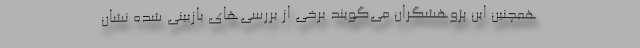
همچنین این پژوهشگران می‌گویند برخی از بررسی‌های بازبینی شده نشان